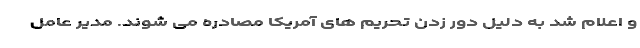
و اعلام شد به دلیل دور زدن تحریم های آمریکا مصادره می شوند. مدیر عامل